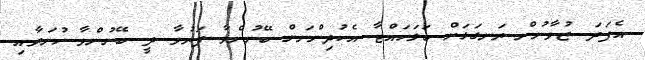
އެފަދަ ޒުވާނުން ރަނގަޅަށް ބަލަހައްޓާ އެކުދިންނަށް ބޭނުންވާ ފަރުވާ ދީ ބޭނުންވާ ހުނަރާއި